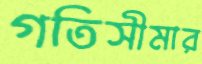
গতিসীমার